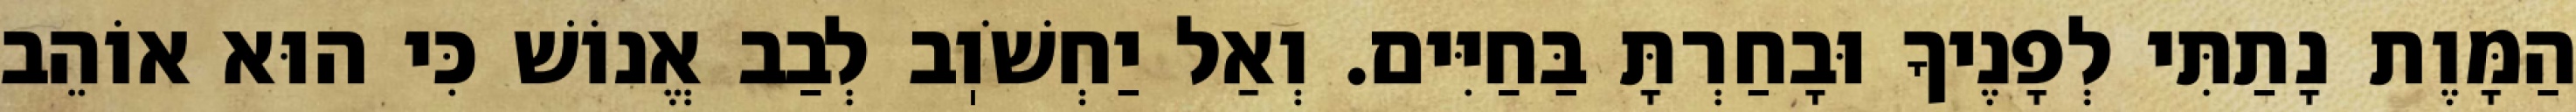
הַמָּוֶת נָתַתִּי לְפָנֶיךָ וּבָחַרְתָּ בַּחַיִּים. וְאַל יַחְשֹׁוֽב לְבַב אֱנוֹשׁ כִּי הוּא אוֹהֵב